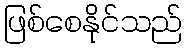
ဖြစ်စေနိုင်သည်